Tezpur Lunatic Asylum reports 1895-1904 - 1895-1904
Year: 1895
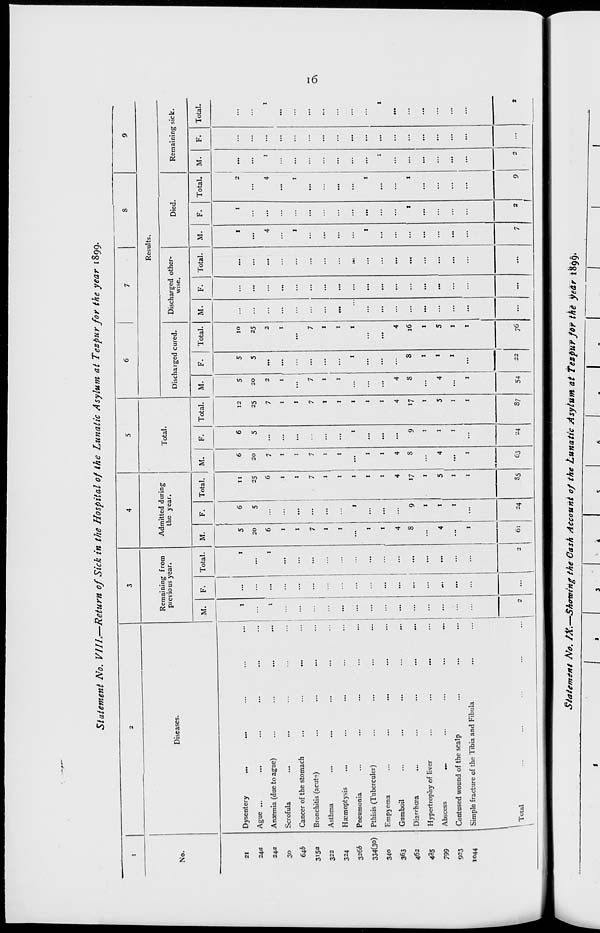
Statement No. VIII.—Return of Sick in the Hospital of the Lunatic Asylum at T ezpur for the year 1899.
No.
Diseases.
21
Dysentery
...
...
24a
Ague ...
...
24a
Anaemia (due to ague)
...
30
Scrofula
...
646
Cancer of the stomach
...
3I5a
Bronchitis (acute)
...
322
Asthma
...
324
Haemoptysis
...
3266
Pneumonia
...
334(30)
Pthisis (Tuberculer)
...
340
Empjema
...
363
Gumboil
...
462
Diarrhoea
...
435
Hypertrophy of liver
...
799
Abscess
...
...
923
Contused wound of the scalp
1044
Simple fracture of the Tibia and Fibula
Total
Remaining from
previous year.
M.
F.
Total.
Admitted during
the year.
M.
F.
5
20
6
61
Total.
Total.
M.
F.
Total.
Results.
Discharged cured.
Discharged other-
wise.
11
6
6
12
25
20
5
25
6
7
...
7
«
...
1
1
...
1
7
7
1
...
I
1
...
1
1
...
1
I
1
...
1
1
...
1
4
4
...
4
17
S
9
17
1
...
1
t
5
4
1
5
1
...
1
1
1
1
1
35
63
24
S7
M.
5
20
2
1
7
1
1
54
Total.
8
I
I
1
22
M.
F.
Total.
Died.
Remaining sick.
M.
10
1
25
...
...
...
2
...
...
4
I
...
...
...
...
...
...
I
7
...
...
...
1
...
...
...
1
...
...
...
...
I
--*' •
I
...
...
...
...
...
4
...
...
...
...
16
...
...
...
...
I
...
...
...
...
5
...
...
...
...
1
...
...
...
...
1
76
...
...
7
Total.
M.
Total.
C\
Staiemint No. IX.-Showing the Cash Account of the Lunatic Asylum at tezfur for the year 1899,
I
I